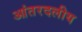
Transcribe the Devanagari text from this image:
आंतरदलीय